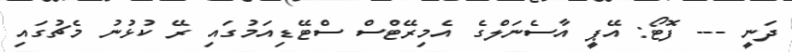
ދަނީ --- ފޮޓޯ: އޭޕީ އާސެނަލްގެ އެމިރޭޓްސް ސްޓޭޑިއަމުގައި ރޭ ކުޅުނު މެޗުގައި